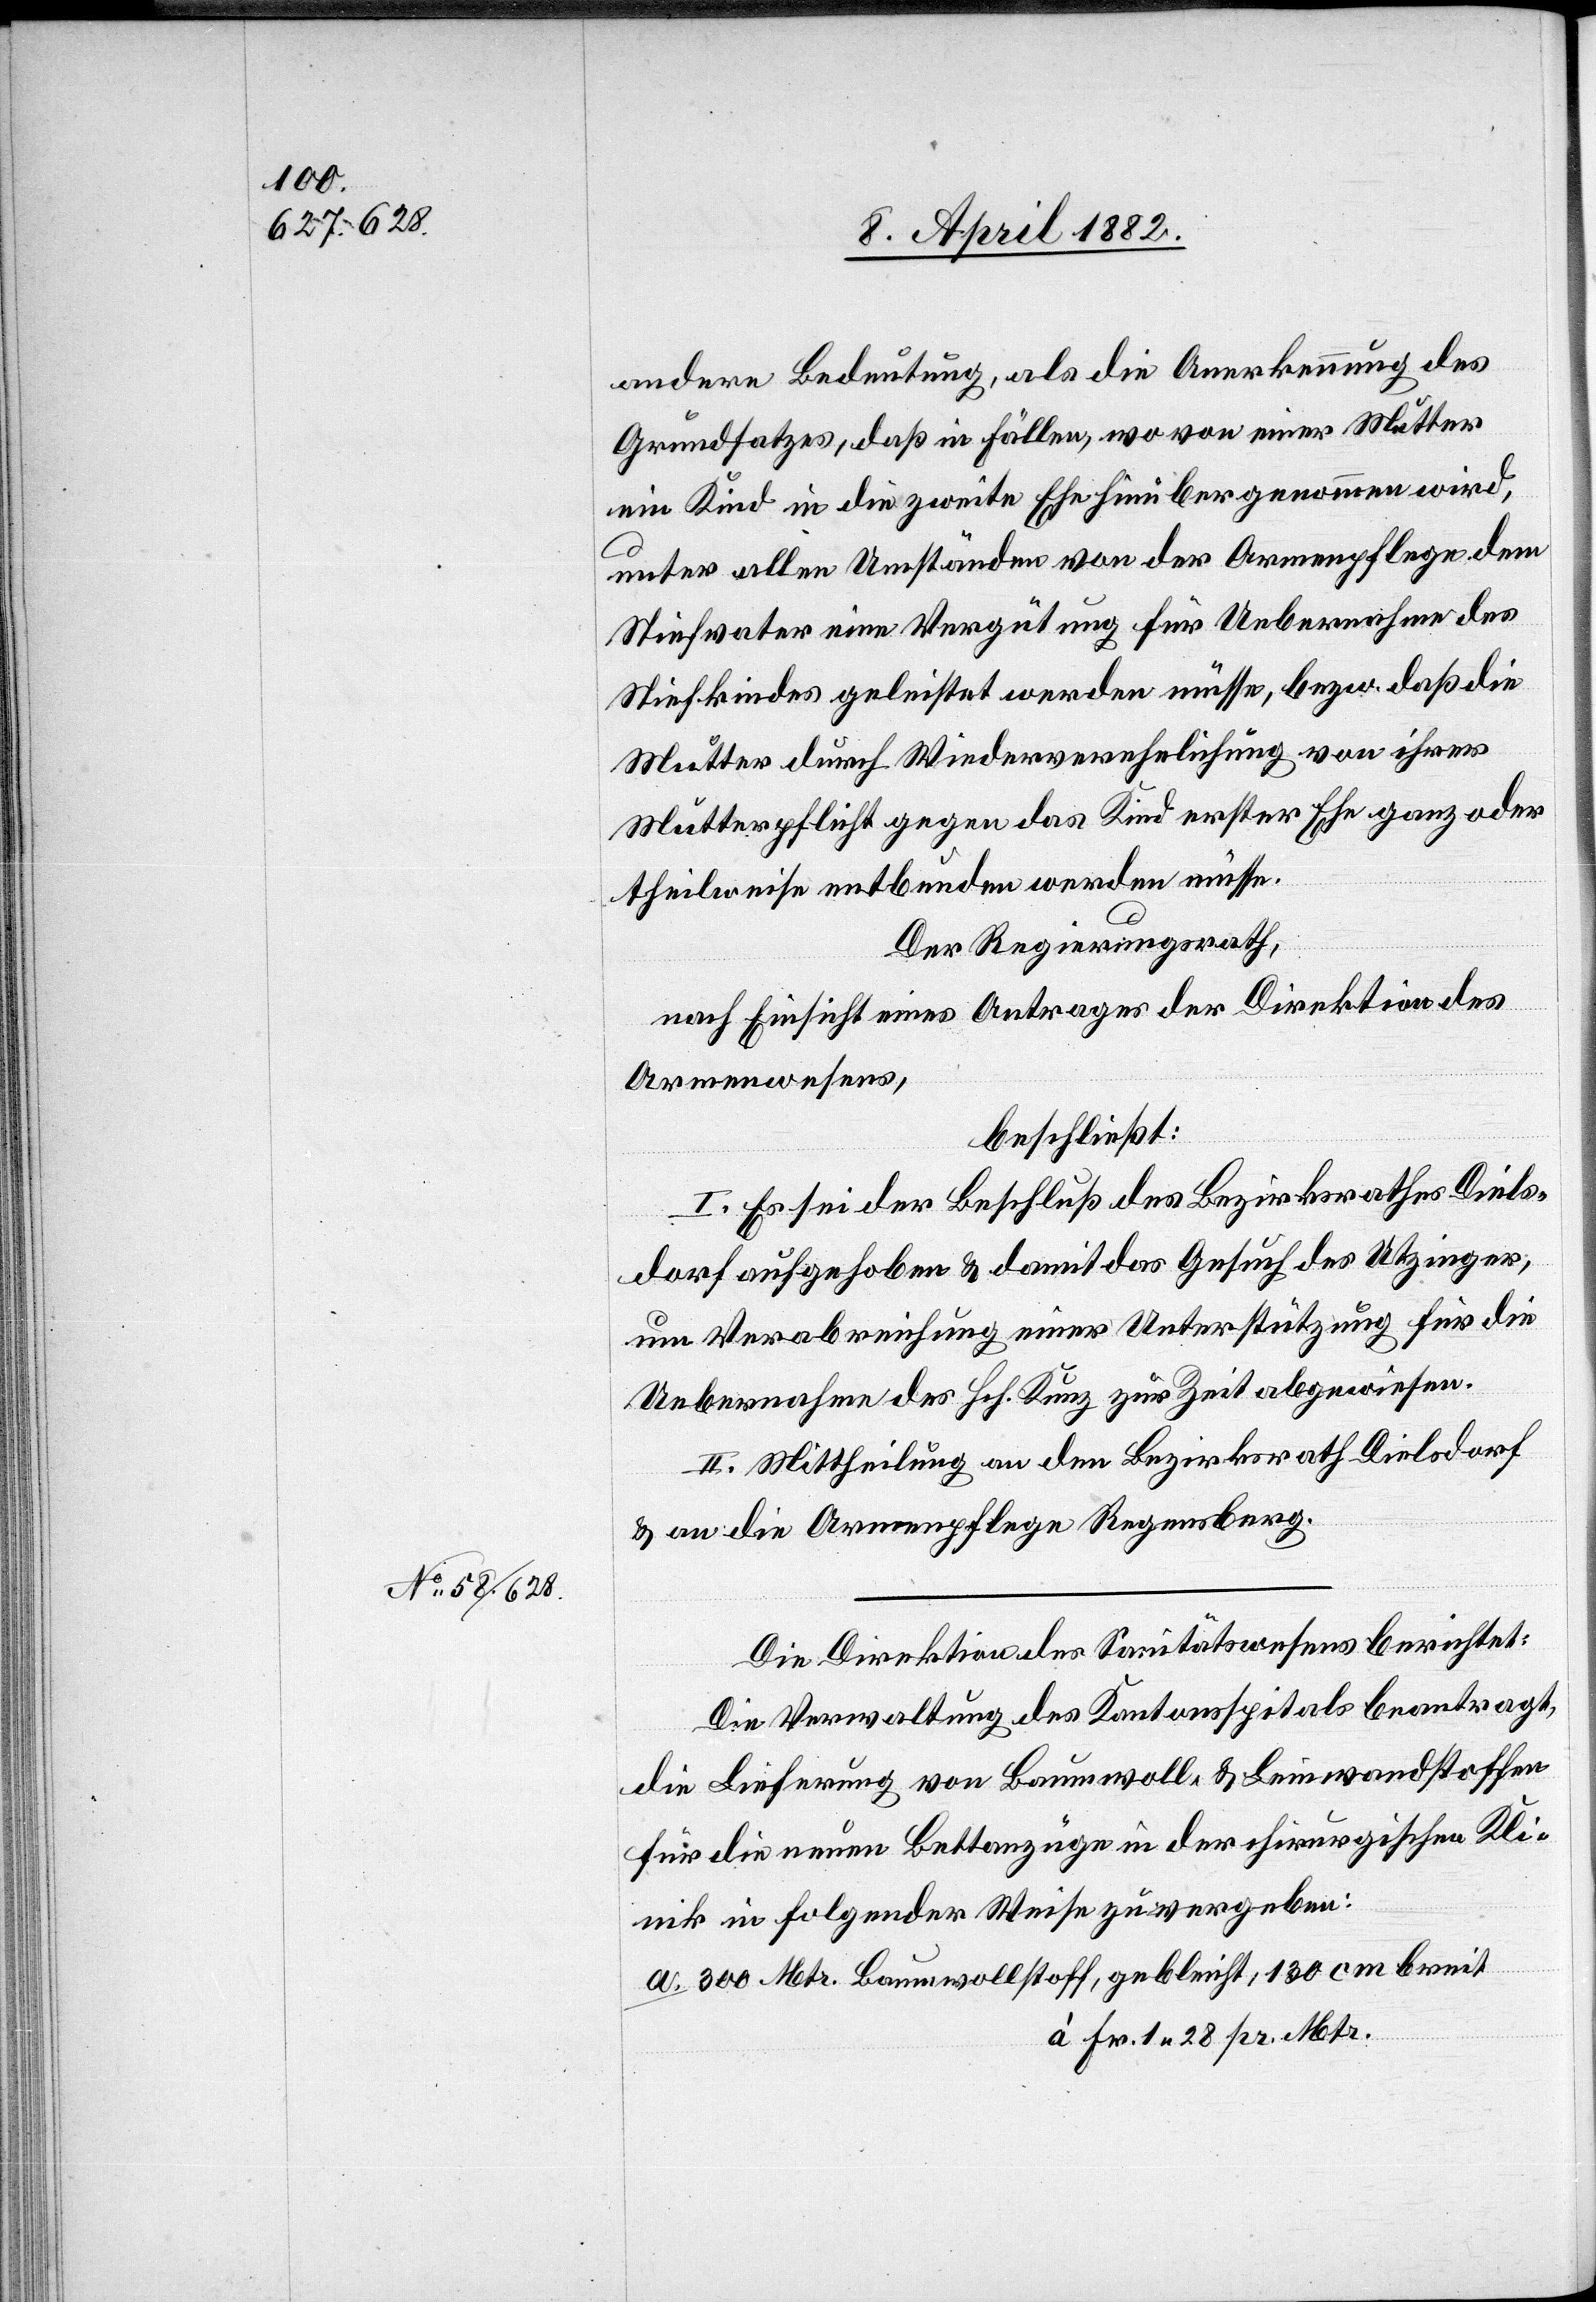
andere Bedeutung, als die Anerkennung des
Grundsatzes, daß in Fällen, wo von einer Mutter
ein Kind in die zweite Ehe hinüber genommen wird,
unter allen Umständen von der Armenpflege dem
Stiefvater eine Vergütung für Uebernahme des
Stiefkindes geleistet werden müsse, bezw. daß die
Mutter durch Wiederverehelichung von ihrer
Mutterpflicht gegen das Kind erster Ehe ganz oder
theilweise entbunden werden müsse.
Der Regierungsrath,
nach Einsicht eines Antrages der Direktion des
Armenwesens,
beschließt:
I. Es sei der Beschluß des Bezirksrathes Diels¬
dorf aufgehoben & damit das Gesuch des Utzinger,
um Verabreichung einer Unterstützung für die
Uebernahme des Hch. Kunz zur Zeit abgewiesen.
II. Mittheilung an den Bezirksrath Dielsdorf
& an die Armenpflege Regensberg.
Die Direktion des Sanitätswesens berichtet:
Die Verwaltung des Kantonsspitals beantragt,
die Lieferung von Baumwoll- & Leinwandstoffen
für die neuen Bettanzüge in der chirurgischen Kli¬
nik in folgender Weise zu vergeben:
300 Mtr. Baumwollstoff, gebleicht, 130 cm breit
à Fr. 1 28 pr. Mtr.